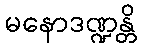
မနောဒဏ္ဍန္တိ